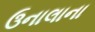
ઉનાલાના